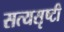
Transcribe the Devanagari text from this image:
सत्यसृष्टी